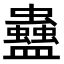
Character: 蠱